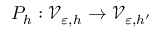
P _ { h } : \mathcal { V } _ { \varepsilon , h } \to \mathcal { V } _ { \varepsilon , h ^ { \prime } }